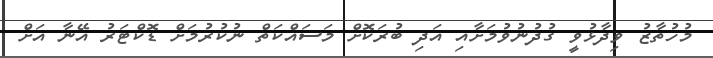
މުހުތާޒު ވިދާޅުވީ ގުދުނުވުމަށާއި އަދި ބުރަކޮށް މަސައްކަތް ނުކުރުމަށް ޑޮކްޓަރު އޭނާ އަށް